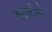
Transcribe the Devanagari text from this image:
वढलेले